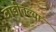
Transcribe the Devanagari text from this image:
वाडीतल्या